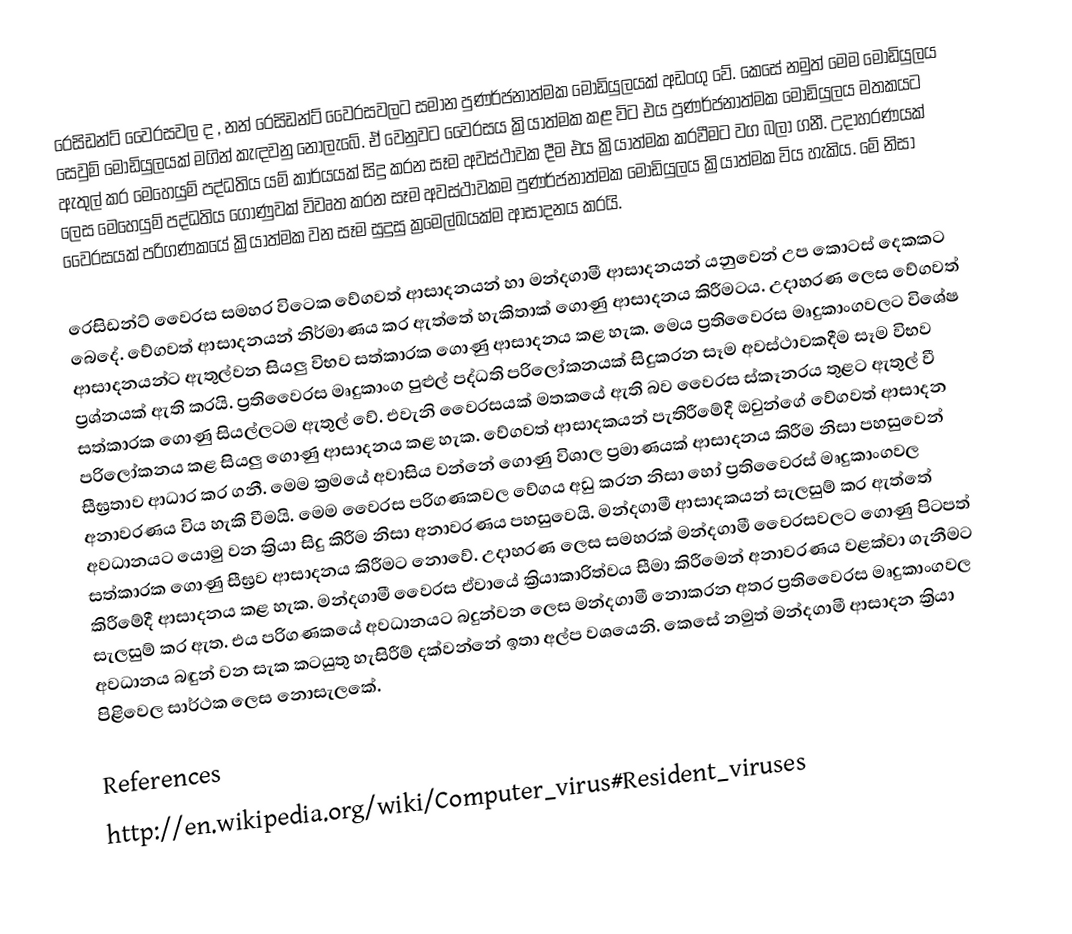
රෙසිඩන්ට් වෛරසවල ද , නන් රෙසිඩන්ට් වෛරසවලට සමාන පුණර්ජනාත්මක මොඩියුලයක් අඩංගු වේ. කෙසේ නමුත් මෙම මොඩියුලය සෙවුම් මොඩියුලයක් මගින් කැඳවනු නොලැබේ. ඒ වෙනුවට වෛරසය ක්‍රියාත්මක කළ විට එය පුණර්ජනාත්මක මොඩියුලය මතකයට ඇතුල් කර මෙහෙයුම් පද්ධතිය ‍යම් කාර්යයක් සිදු කරන සෑම අවස්ථාවක දීම එය ක්‍රියාත්මක කරවීමට වග බලා ගනී. උදාහරණයක් ලෙස මෙහෙයුම් පද්ධතිය ගොණුවක් විවෘත කරන සෑම අවස්ථාවකම පුණර්ජනාත්මක මොඩියුලය ක්‍රියාත්මක විය හැකිය. මේ නිසා වෛරසයක් පරිගණකයේ ක්‍රියාත්මක වන සෑම සුදුසු ක්‍රම‍ෙල්ඛයක්ම ආසාදනය කරයි.

රෙසිඩන්‍ට් වෛරස සමහර විටෙක වේගවත් ආසාදනයන් හා මන්දගාමී ආසාදනයන් යනුවෙන් උප කොටස් ‍දෙකකට බෙදේ. වේගවත් ආසාදනයන් නිර්මාණය කර ඇත්තේ හැකිතාක් ගොණු ආසාදනය කිරීමටය. උදාහරණ ලෙස වේගවත් ආසාදනයන්ට ඇතුල්වන සියලු විභව සත්කාරක ගොණු ආසාදනය කළ හැක. මෙය ප්‍රතිවෛරස මෘදුකාංගවලට විශේෂ ප්‍රශ්නයක් ඇති කරයි. ප්‍රතිවෛරස මෘදුකාංග පුළුල් පද්ධති පරිලෝකනයක් සිදුකරන සෑම අවස්ථාවකදීම සෑම විභව සත්කාරක ගොණු සියල්ලටම ඇතුල් වේ. එවැනි වෛරසයක් මතකයේ ඇති බව වෛරස ස්කෑනරය තුළට ඇතුල් වී පරිලෝකනය කළ සියලු ගොණු ආසාදනය කළ හැක. වේගවත් ආසාදකයන් පැතිරීමේදී ඔවුන්ගේ වේගවත් ආසාදන සීඝ්‍රතාව ආධාර කර ගනී. මෙම ක්‍රමයේ අවාසිය වන්නේ ගොණු විශාල ප්‍රමාණයක් ආසාදනය කිරීම නිසා පහසුවෙන් අනාවරණය විය හැකි වීමයි. මෙම වෛරස පරිගණකවල වේගය අඩු කරන නිසා හෝ ප්‍රතිවෛරස් මෘදුකාංගවල අවධානයට යොමු වන ක්‍රියා සිදු කිරීම නිසා අනාවරණය පහසුවෙයි. මන්දගාමී ආසාදකයන් සැලසුම් කර ඇත්තේ සත්කාරක ගොණු සීඝ්‍රව ආසාදනය කිරීමට නොවේ. උදාහරණ ලෙස සමහරක් මන්දගාමී වෛරසවලට ගොණු පිටපත් කිරීමේදී ආසාදනය කළ හැක. මන්දගාමී වෛරස ඒවායේ ක්‍රියාකාරිත්වය සීමා කිරීමෙන් අනාවරණය වළක්වා ගැනීමට සැලසුම් කර ඇත. එය පරිගණකයේ අවධානයට බදුන්වන ලෙස මන්දගාමී නොකරන අතර ප්‍රතිවෛරස මෘදුකාංගවල අවධානය බඳුන් වන සැක කටයුතු හැසිරීම් දක්වන්නේ ඉතා අල්ප වශයෙනි. කෙසේ නමුත් මන්දගාමී ආසාදන ක්‍රියා පිළිවෙල සාර්ථක ලෙස නොසැ‍ලකේ.

References
http://en.wikipedia.org/wiki/Computer_virus#Resident_viruses